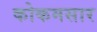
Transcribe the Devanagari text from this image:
कोकमसार